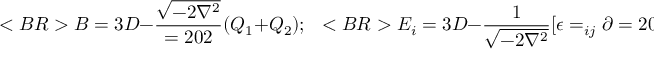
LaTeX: < B R > B = 3 D - { \frac { \sqrt { - 2 \nabla ^ { 2 } } } { = 2 0 2 } } ( Q _ { 1 } + Q _ { 2 } ) ; ~ ~ < B R > E _ { i } = 3 D - { \frac { 1 } { \sqrt { - 2 \nabla ^ { 2 } } } } [ \epsilon = _ { i j } \partial = 2 0 _ { j } ( P _ { 1 } + P _ { 2 } ) + ( \mu + m ) \partial _ { i } Q _ { 1 } + ( \mu - m ) \partial = 2 0 _ { i } Q _ { 2 } ] , < B R > < B R >